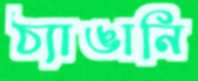
ঠ্যাঙানি